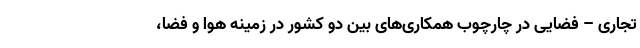
تجاری – فضایی در چارچوب همکاری‌های بین دو کشور در زمینه هوا و فضا،